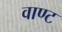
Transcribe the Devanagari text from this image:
वाण्ट